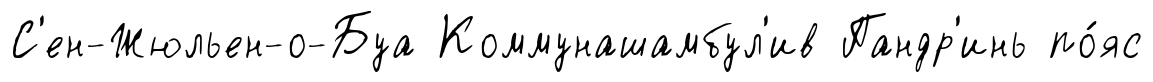
С'ен-Жюльен-о-Буа Коммунашамбул'ив Пандр'инь по́яс